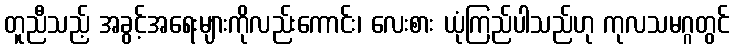
တူညီသည့် အခွင့်အရေးများကိုလည်းကောင်း၊ လေးစား ယုံကြည်ပါသည်ဟု ကုလသမဂ္ဂတွင်